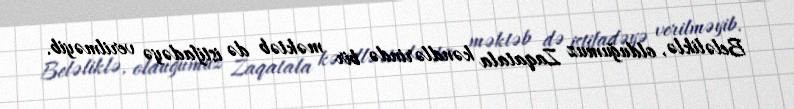
Beləliklə, olduğumuz Zaqatala kəndlərində bir məktəb də istifadəyə verilməyib.